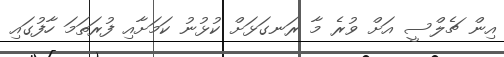
އިން ޗެލްސީ އަށް ވުރެ މާ ރަނގަޅަށް ކުޅުނު ކަމަށާއި ފުރަތަމަ ހާފުގައި